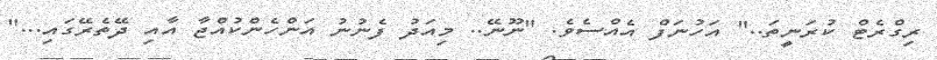
ރިގްރެޓް ކުރަނީތަ.." އަހުނަފް އެއްސެވެ. "ނޫނޭ.. މިއަދު ފެނުނު އަންހެންކުއްޖާ އާއި ދޭތެރޭގައި..."